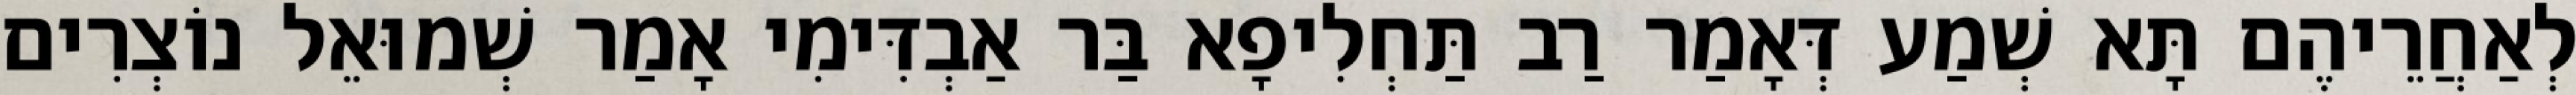
לְאַחֲרֵיהֶם תָּא שְׁמַע דְּאָמַר רַב תַּחְלִיפָא בַּר אַבְדִּימִי אָמַר שְׁמוּאֵל נוֹצְרִים